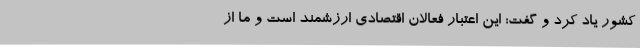
کشور یاد کرد و گفت: این اعتبار فعالان اقتصادی ارزشمند است و ما از